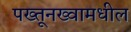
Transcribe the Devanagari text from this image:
पख्तूनख्वामधील